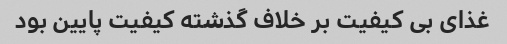
غذای بی کیفیت بر خلاف گذشته کیفیت پایین بود